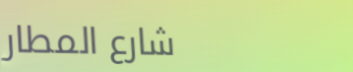
شارع المطار